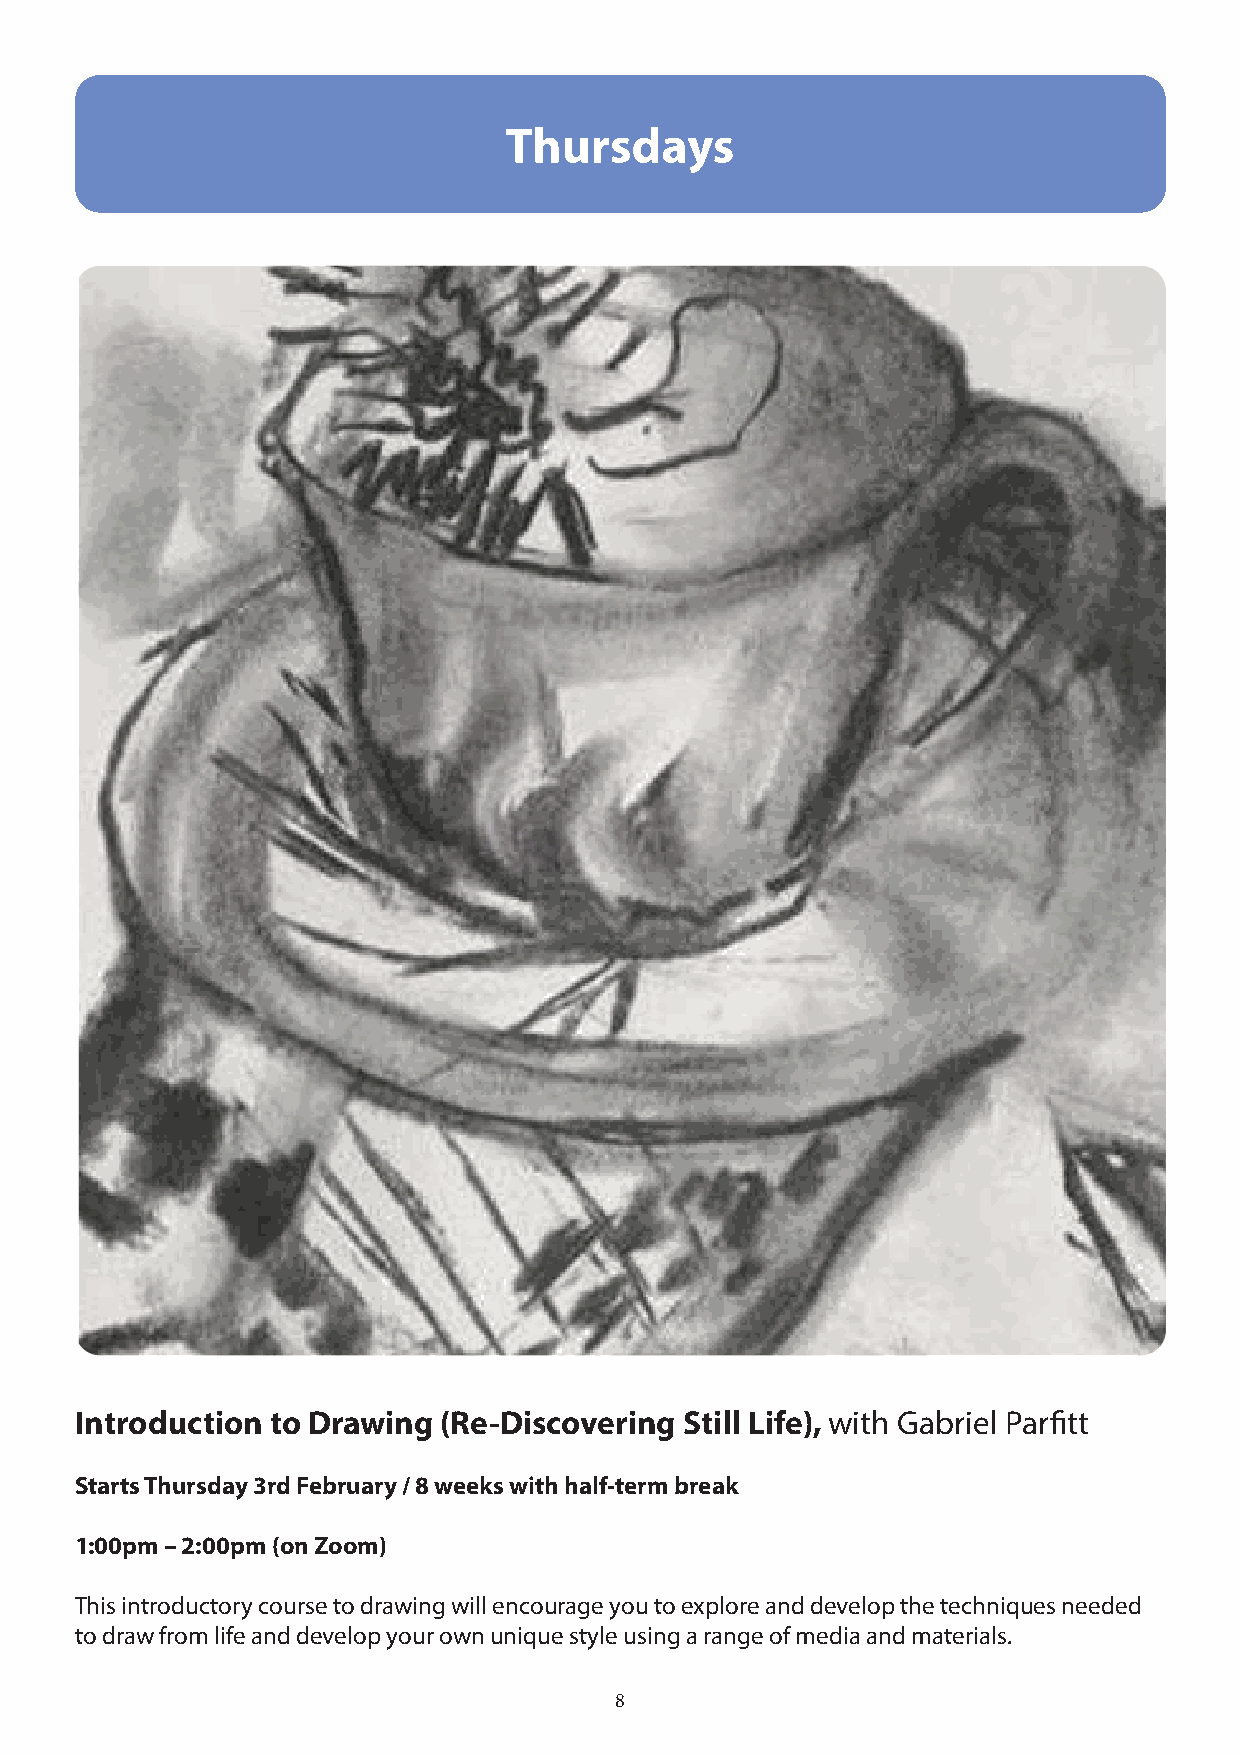
Thursdays
 Introduction to Drawing (Re-Discovering Still Life), with Gabriel Parfitt
 Starts Thursday 3rd February / 8 weeks with half-term break
 1:00pm – 2:00pm (on Zoom)
 This introductory course to drawing will encourage you to explore and develop the techniques needed
 to draw from life and develop your own unique style using a range of media and materials.
 8